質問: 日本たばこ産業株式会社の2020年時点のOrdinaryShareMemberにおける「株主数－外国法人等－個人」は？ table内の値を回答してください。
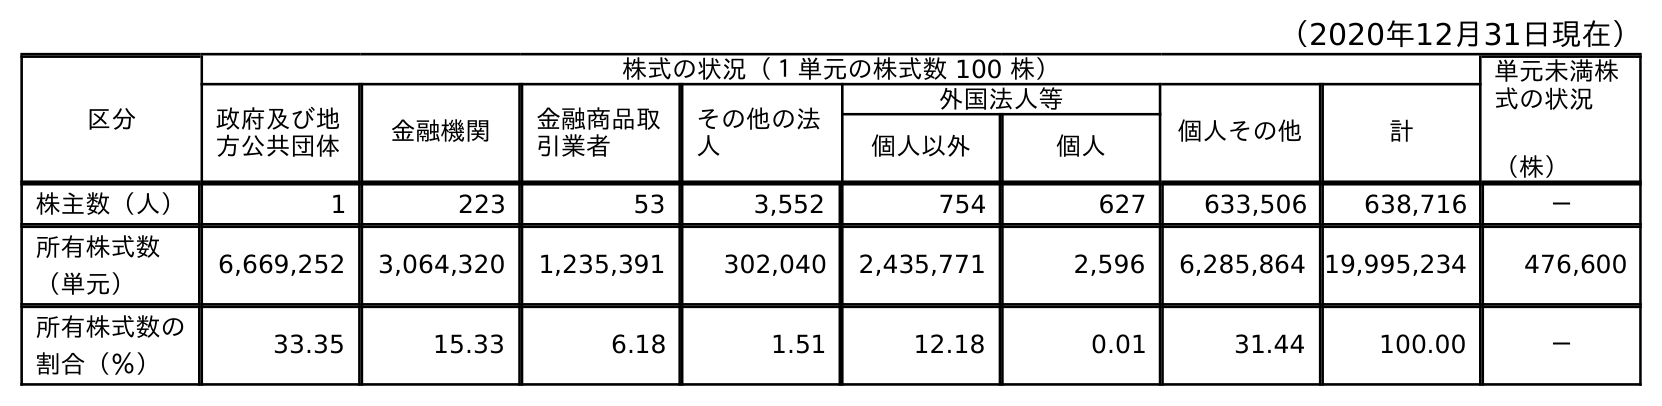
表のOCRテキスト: （2020年12月31日現在） 区分 株式の状況（１単元の株式数 100 株） 単元未満株 式の状況 （株） 政府及び地 方公共団体 金融機関 金融商品取 引業者 その他の法 人 外国法人等 個人その他 計 個人以外 個人 株主数（人） 1 223 53 3,552 754 627 633,506 638,716 － 所有株式数 （単元） 6,669,252 3,064,320 1,235,391 302,040 2,435,771 2,596 6,285,864 19,995,234 476,600 所有株式数の 割合（％） 33.35 15.33 6.18 1.51 12.18 0.01 31.44 100.00 －
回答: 627